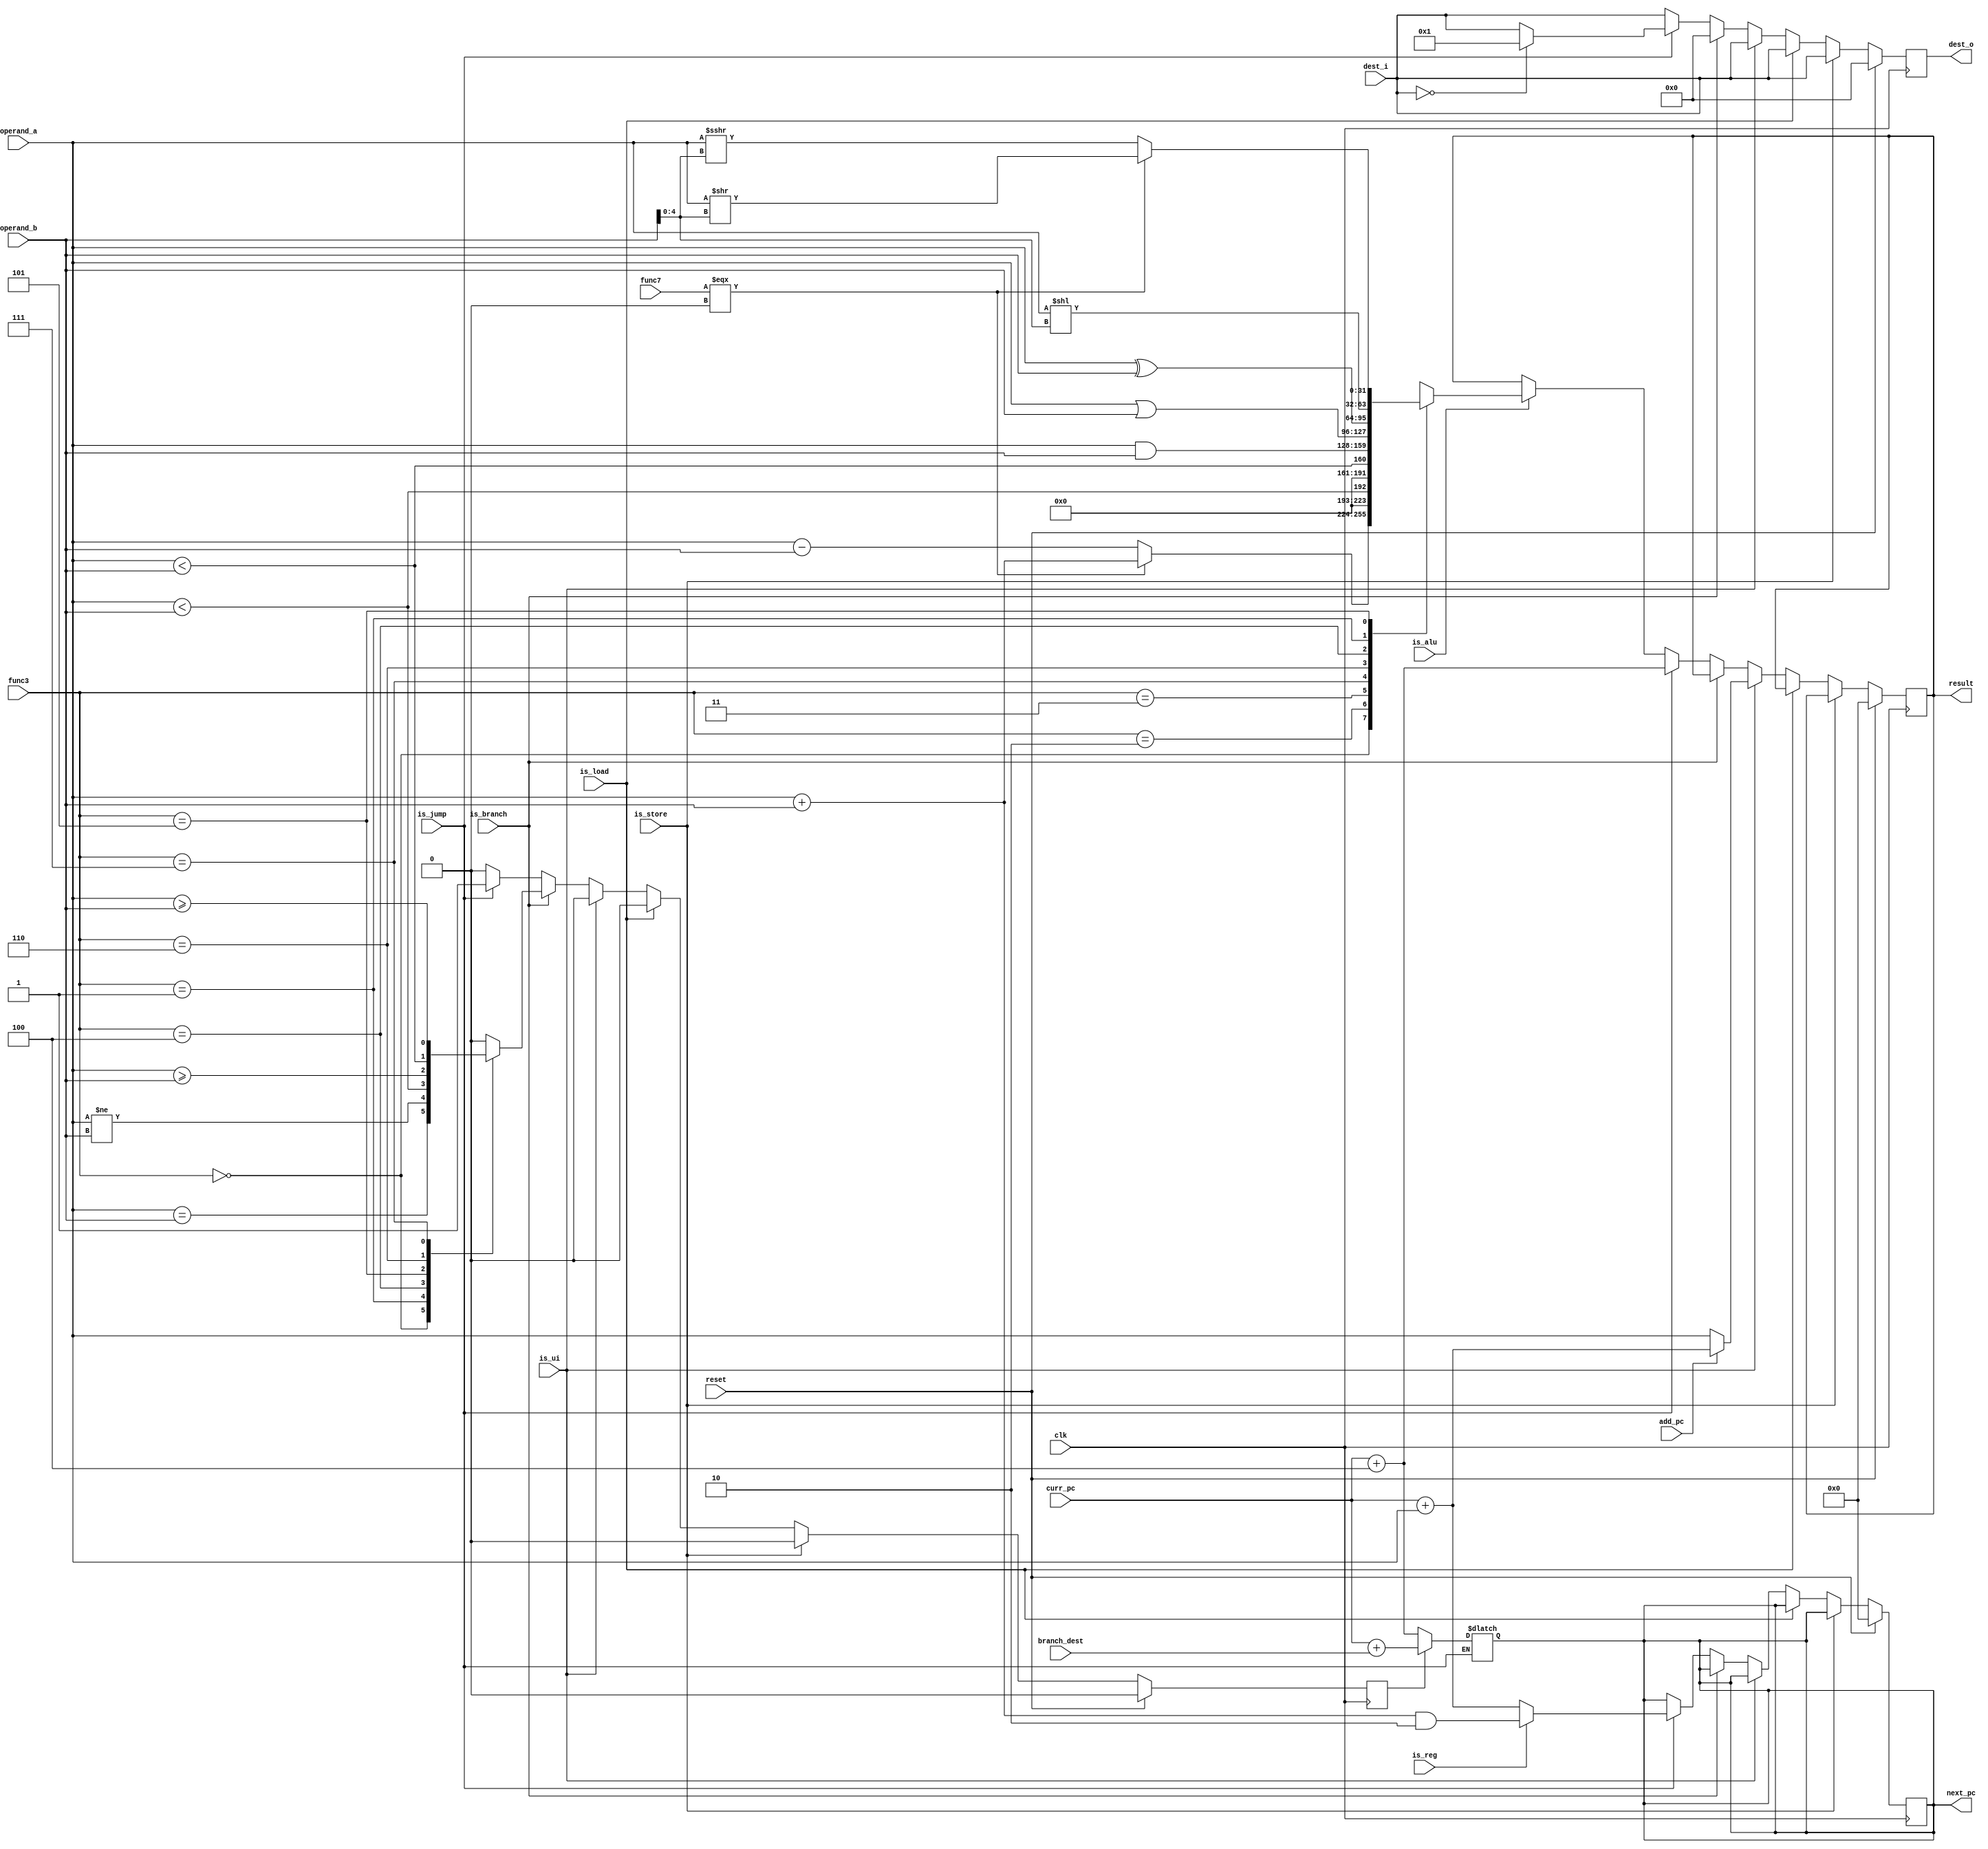
`timescale 1ns / 1ps

module execute (
	input clk, reset,

	input is_store,
	input is_load,

	input is_ui,
	input add_pc,

	input is_branch,
	input is_jump,
	input is_reg,

	input is_alu,

	input signed [31:0] operand_a,
	input signed [31:0] operand_b,
	input [31:0] branch_dest,
	input [4:0] dest_i,
	output reg [4:0] dest_o,

	input [2:0] func3,
	input func7,

	output reg [31:0] result,

	input [31:0] curr_pc,
	output reg [31:0] next_pc
);
	/* helper register to check for branch */
	reg branch;

	always @(posedge clk) begin
		if (reset) begin
			dest_o <= 0;
			result <= 0;
			branch <= 1'b0;
			next_pc <= 1'b0;
		end else begin
			dest_o <= dest_i;
			branch <= 1'b0;

			case (1'b1)
				is_store: ; /* TODO */

				is_load: ; /* TODO */

				is_ui: begin
					if (add_pc) begin
						result <= curr_pc + operand_a;
					end else begin
						result <= operand_a;
					end
				end

				is_branch: begin
					case (func3)
						/* beq */
						3'b000: branch <= (operand_a == operand_b);
						/* bne */
						3'b001: branch <= (operand_a != operand_b);
						/* blt */
						3'b100: branch <= (operand_a < operand_b);
						/* bge */
						3'b101: branch <= (operand_a >= operand_b);
						/* bltu */
						3'b110: branch <= ($unsigned(operand_a) < $unsigned(operand_b));
						/* bgeu */
						3'b111: branch <= ($unsigned(operand_a) >= $unsigned(operand_b));
					endcase
					dest_o <= 0;
				end

				is_jump: begin
					result <= curr_pc + 4;
					/* when there is no destination specified, register x1 is assumed */
					if (dest_i == 5'b00000) begin
						dest_o <= 5'b00001;
					end
					if (is_reg) begin
						next_pc <= (operand_a + operand_b) & ~1;
					end else begin
						next_pc <= curr_pc + operand_a;
					end
					branch <= 1'b1;
				end

				is_alu: begin
					case (func3)
						/* add */
						3'b000: begin
							if (func7 === 1'b0) begin
								result <= operand_a + operand_b;
							end else begin
								result <= operand_a - operand_b;
							end
						end
						/* slt */
						3'b010: begin
							result <= (operand_a < operand_b);
						end
						/* sltu */
						3'b011: begin
							result <= ($unsigned(operand_a) < $unsigned(operand_b));
						end
						/* and */
						3'b111: begin
							result <= operand_a & operand_b;
						end
						/* or */
						3'b110: begin
							result <= operand_a | operand_b;
						end
						/* xor */
						3'b100: begin
							result <= operand_a ^ operand_b;
						end
						/* left shift */
						3'b001: begin
							result <= operand_a << operand_b[4:0];
						end
						/* right shift */
						3'b101: begin
							/* logical */
							if (func7 === 1'b0) begin
								result <= operand_a >> operand_b[4:0];
							/* arithmetic */
							end else begin
								result <= operand_a >>> operand_b[4:0];
							end
						end
					endcase
				end
			endcase

		end
	end

	/* needed to calculate next_pc in one clock cycle */
	always @* begin
		if (!is_jump) begin
			if (branch) begin
				next_pc = curr_pc + branch_dest;
			end else begin
				next_pc = curr_pc + 4;
			end
		end
	end

endmodule